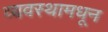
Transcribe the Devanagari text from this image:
व्यवस्थामधून